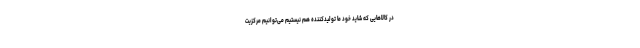
در کالاهایی که شاید خود ما تولید‌کننده هم نیستیم می‌توانیم مرکزیت